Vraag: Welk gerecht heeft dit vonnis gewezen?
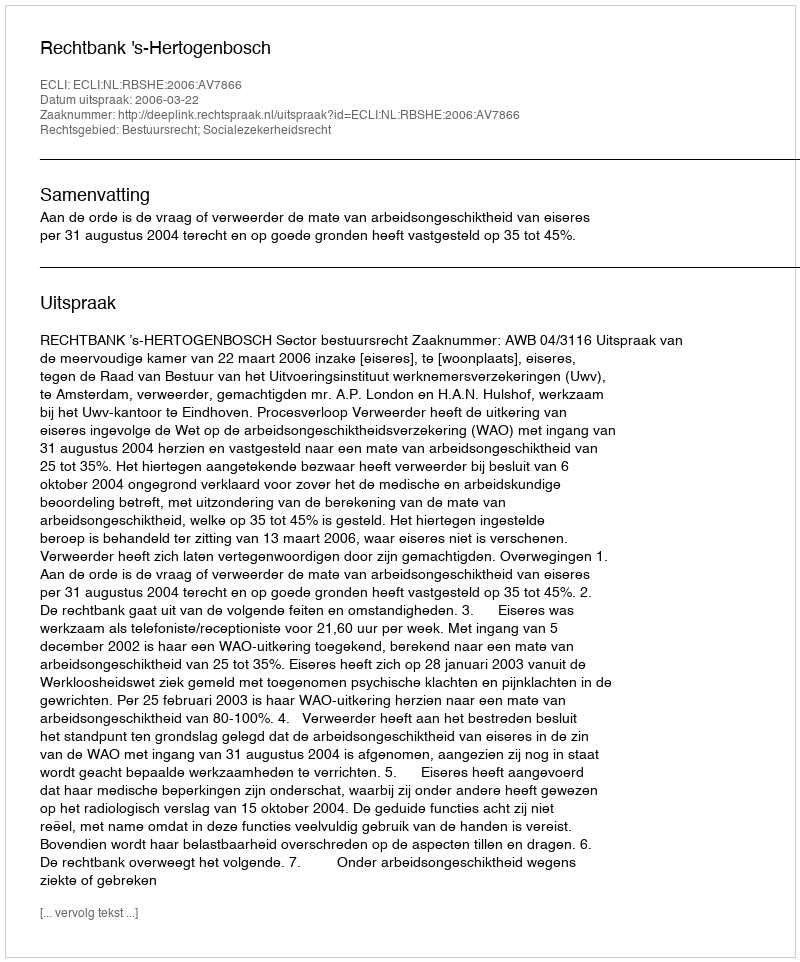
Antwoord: Rechtbank 's-Hertogenbosch